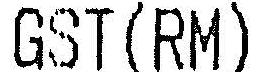
GST(RM)